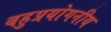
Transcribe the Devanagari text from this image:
बहुप्रयोगनीय